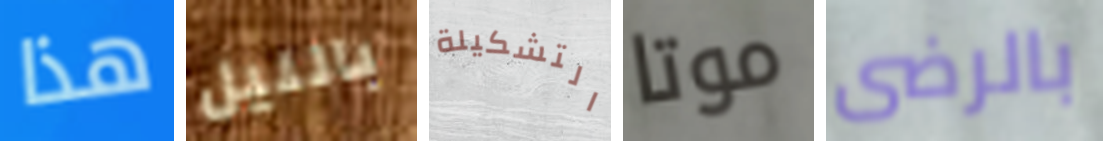
هذا بالليل التشكيلة موتا بالرضى